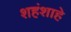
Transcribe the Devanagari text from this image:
शहंशाहे